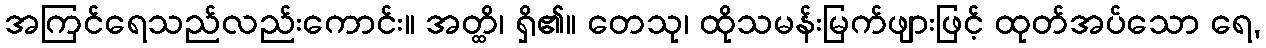
အကြင်ရေသည်လည်းကောင်း။ အတ္ထိ၊ ရှိ၏။ တေသု၊ ထိုသမန်းမြက်ဖျားဖြင့် ထုတ်အပ်သော ရေ,